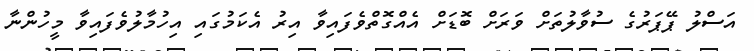
އަސްލު ޕޭޕަރުގެ ސުވާލުތަށް ވަރަށް ބޮޑަށް އެއްގޮތްވެފައިވާ އިރު އެކަމުގައި އިހުމާލުވެފައިވާ މީހުންނާ